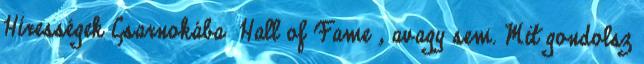
Hírességek Csarnokába Hall of Fame , avagy sem. Mit gondolsz